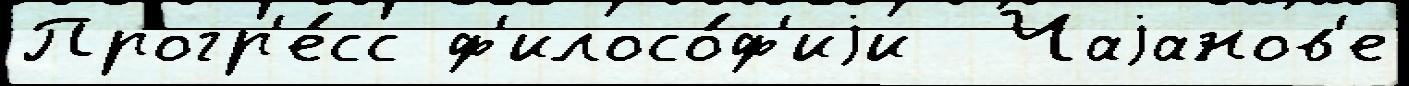
Прогр'е́сс ф'илосо́ф'иjи  Чаjанов'е